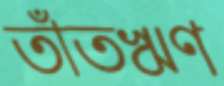
তাঁতঋণ